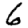
Digit: 6